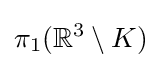
\pi _{1}(\mathbb {R} ^{3}\setminus K)